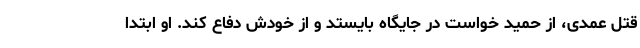
قتل عمدی، از حمید خواست در جایگاه بایستد و از خودش دفاع کند. او ابتدا